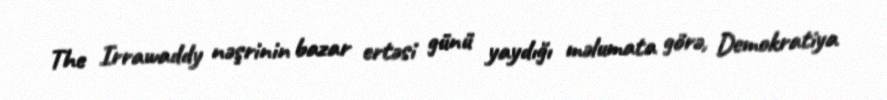
The Irrawaddy nəşrinin bazar ertəsi günü yaydığı məlumata görə, Demokratiya